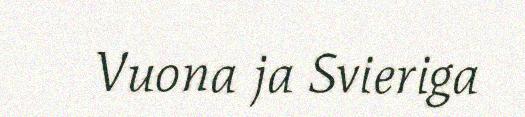
Vuona ja Svieriga